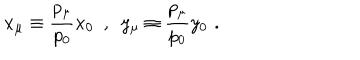
LaTeX: x _ { \mu } \equiv \frac { p _ { \mu } } { p _ { 0 } } x _ { 0 } \, \, \, , \, \, \, y _ { \mu } \equiv \frac { p _ { \mu } } { p _ { 0 } } y _ { 0 } \, \, .